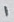
Text: 1